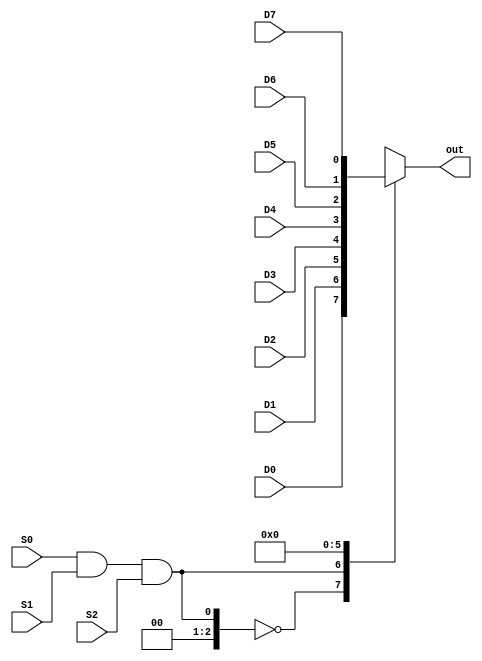
`timescale 1ns / 1ps
//////////////////////////////////////////////////////////////////////////////////
// Company: 
// Engineer: 
// 
// Design Name: 
// Module Name: Mux_8to1
// Project Name: 
// Target Devices: 
// Tool Versions: 
// Description: 
// 
// Dependencies: 
// 
// Revision:
// Revision 0.01 - File Created
// Additional Comments:
// 
//////////////////////////////////////////////////////////////////////////////////
// This contains the behavioural Code for 8to1 MUX

module Mux_8to1(out,D0,D1,D2,D3,D4,D5,D6,D7,S0,S1,S2);
output reg out ;
input wire D0,D1,D2,D3,D4,D5,D6,D7,S0,S1,S2;
always@(*)
begin
case(S0&S1&S2)
3'b000: out = D0;
3'b001: out = D1;
3'b010: out = D2;
3'b011: out = D3;
3'b100: out = D4;
3'b101: out = D5;
3'b110: out = D6;
3'b111: out = D7;
default: out=1'b0 ;
endcase
end
endmodule